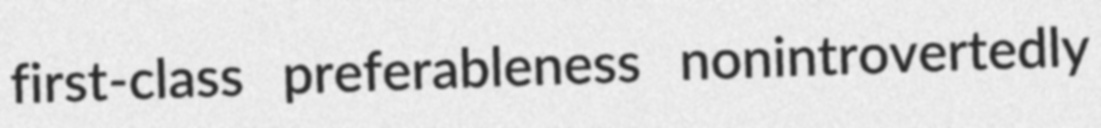
first-class preferableness nonintrovertedly